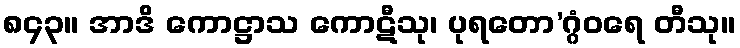
၈၄၃။ အာဒိ ကောဋ္ဌာသ ကောဋီသု၊ ပုရတော’ဂ္ဂံဝရေ တီသု။